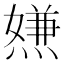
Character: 𤍻